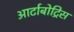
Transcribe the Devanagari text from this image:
आर्टाबोट्रिस